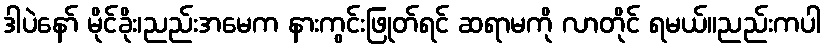
ဒါပဲနော် မိုင်ခိုး၊ညည်းအမေက နားကွင်းဖြုတ်ရင် ဆရာမကို လာတိုင် ရမယ်။ညည်းကပါ